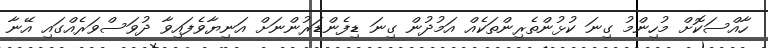
ހާއްސަކޮށް މުހިންމު ގިނަ ކުޅުންތެރިންތަކެއް އަމުދުން ގިނަ ޑިފެންޑަރުންނަށް އަނިޔާވެފައިވާ ދުވަސްވަރެއްގައި އޭނާ